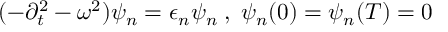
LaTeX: ( - \partial _ { t } ^ { 2 } - \omega ^ { 2 } ) \psi _ { n } = \epsilon _ { n } \psi _ { n } \; , \; \psi _ { n } ( 0 ) = \psi _ { n } ( T ) = 0